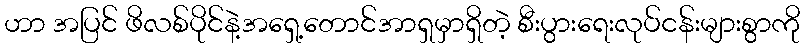
ဟာ အပြင် ဖိလစ်ပိုင်နဲ့အရှေ့တောင်အာရှမှာရှိတဲ့ စီးပွားရေးလုပ်ငန်းများစွာကို